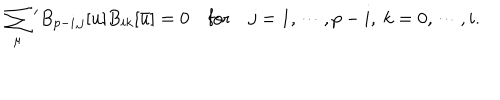
\sum _ { \mu } { } ^ { \prime } B _ { p - i , j } [ u ] B _ { i k } [ \bar { u } ] = 0 \quad \mathrm { f o r } \quad j = 1 , \cdots , p - i , \ k = 0 , \cdots , i .